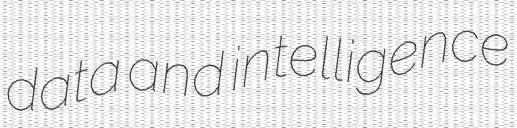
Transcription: data and intelligence